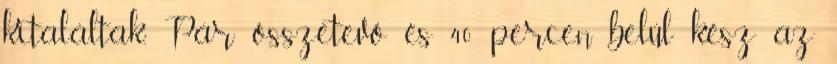
kitaláltak. Pár összetevő és 40 percen belül kész az